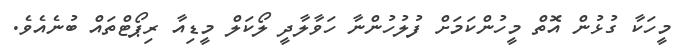
މީހަކާ ގުޅުން އޮތް މީހުންކަމަށް ފުލުހުންނާ ހަވާލާދީ ލޯކަލް މީޑިއާ ރިޕޯޓްތައް ބުނެއެވެ.